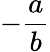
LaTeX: -{\frac{a}{b}}